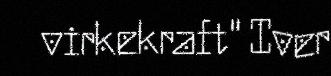
virkekraft" Iver